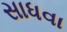
સાધવા